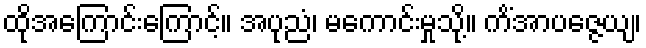
ထိုအကြောင်းကြောင့်။ အပုညံ၊ မကောင်းမှုသို့။ ကိံအာပဇ္ဇေယျ၊